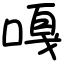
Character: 嘎